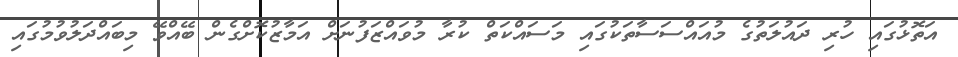
އަތޮޅުގައި ހުރި ދައުލަތުގެ މުއައްސަސާތަކުގައި މަސައްކަތް ކުރާ މުވައްޒަފުނަށް އަމާޒުކޮށްގެން ބޭއްވޭ މިބައްދަލުވުމުގައި